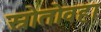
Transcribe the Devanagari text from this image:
स्रोतोवहा